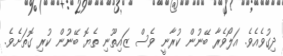
ދިގުވެއެވެ. އަލޯވެރާ ބޭނުން ކުރާނީ ވެސް ޒައިތޫނި ތެޔޮ ބޭނުން ކުރި ގޮތަށެވެ.